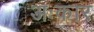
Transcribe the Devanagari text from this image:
अःकार